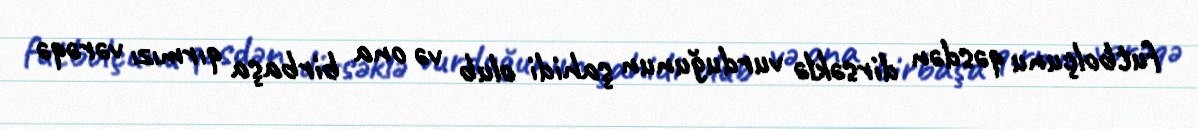
futbolçunu qəsdən dirsəklə vurduğunun şahidi olub və ona birbaşa qırmızı vərəqə